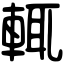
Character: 輒